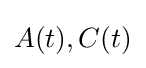
A(t),C(t)